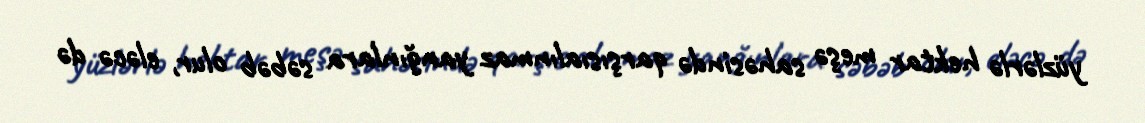
yüzlərlə hektar meşə sahəsində qarşısıalınmaz yanğınlara səbəb olur, eləcə də